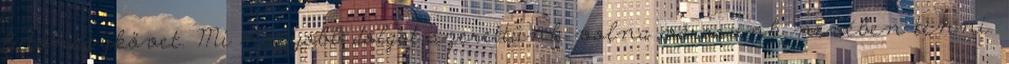
futónagykövet. Mi nagyobb dolgot szerettünk volna városunk nevében tenni.